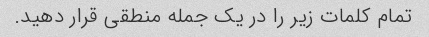
تمام کلمات زیر را در یک جمله منطقی قرار دهید.